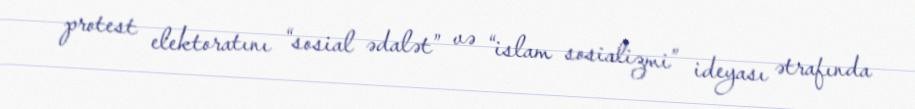
protest elektoratını “sosial ədalət” və “islam sosializmi” ideyası ətrafında